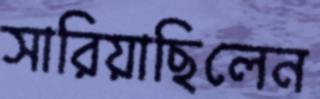
সারিয়াছিলেন